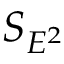
S _ { E ^ { 2 } }